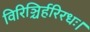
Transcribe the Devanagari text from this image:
विरिञ्चिर्हरिरधः।